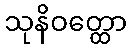
သုနိဝတ္ထော